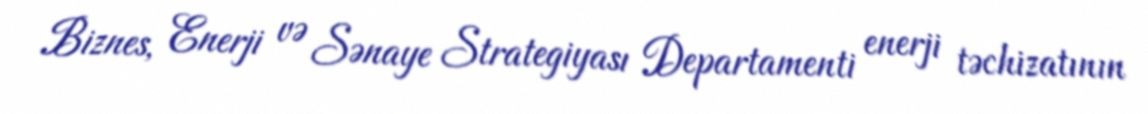
Biznes, Enerji və Sənaye Strategiyası Departamenti enerji təchizatının